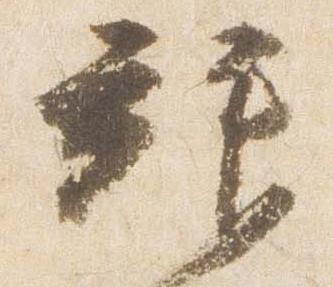
拝